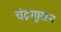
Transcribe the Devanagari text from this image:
चंद्रगुप्तस्य